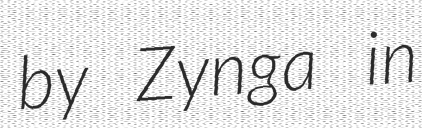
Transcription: by Zynga in